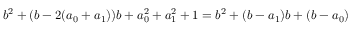
b ^ { 2 } + ( b - 2 ( a _ { 0 } + a _ { 1 } ) ) b + a _ { 0 } ^ { 2 } + a _ { 1 } ^ { 2 } + 1 = b ^ { 2 } + ( b - a _ { 1 } ) b + ( b - a _ { 0 } )